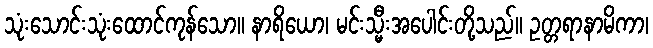
သုံးသောင်းသုံးထောင်ကုန်သော။ နာရိယော၊ မင်းသ္မီးအပေါင်းတို့သည်။ ဥတ္တရာနာမိကာ၊